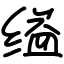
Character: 缢